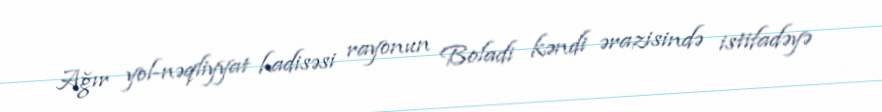
Ağır yol-nəqliyyat hadisəsi rayonun Boladi kəndi ərazisində istifadəyə